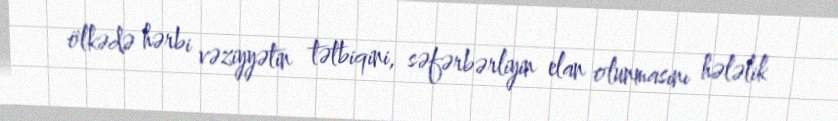
ölkədə hərbi vəziyyətin tətbiqini, səfərbərliyin elan olunmasını hələlik